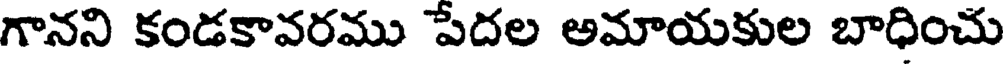
గానని కండకావరము పేదల అమాయకుల బాధించు